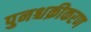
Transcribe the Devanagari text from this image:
पुनश्चक्रीकरण